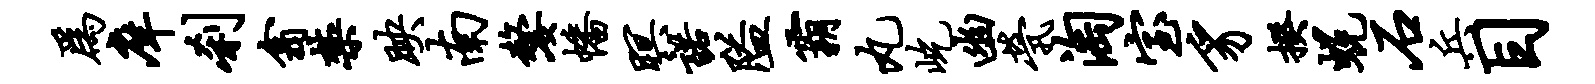
为庠刹翕禁映南嫠幡暝诺隘霸丸屹幽茕淘室豸揆蜕石兵目